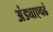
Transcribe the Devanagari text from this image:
अंड्याएवढं